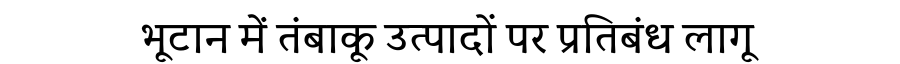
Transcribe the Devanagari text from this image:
भूटान में तंबाकू उत्पादों पर प्रतिबंध लागू